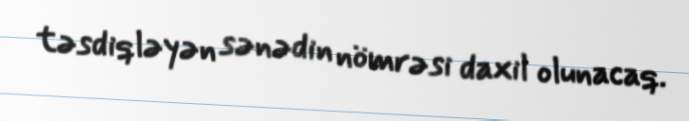
təsdiqləyən sənədin nömrəsi daxil olunacaq.